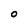
Character: O